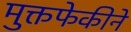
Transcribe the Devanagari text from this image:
मुक्तफेकीने